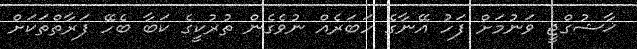
ޚާޝުގްޖީ ވަނުމަށް ފަހު އޭނާގެ ހަބަރެއް ނުވެގެން ތުރުކީގެ ކަބާ ބެހޭ ފަރާތްތަކަށް